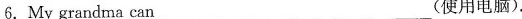
6. My grandma can ___(使用电脑).